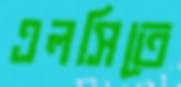
এলসিতে